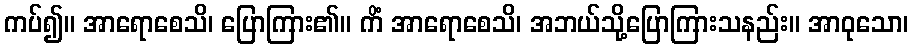
ကပ်၍။ အာရောစေသိ၊ ပြောကြား၏။ ကိံ အာရောစေသိ၊ အဘယ်သို့ပြောကြားသနည်း။ အာဝုသော၊